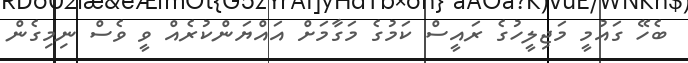
ބެހޭ ގައުމީ މަޖިލީހުގެ ރައީސް ކަމުގެ މަގާމަށް އައްޔަންކުރެއް ވީ ވެސް ނިމިގެން